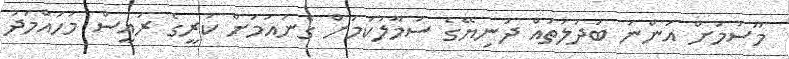
މޫސުމަށް އަންނަ ބަދަލުތައް ދުނިޔޭގެ ސަމާލުކަމަށް ގެނައުމަށް ކުރީގެ ރައީސް މުހައްމަދު